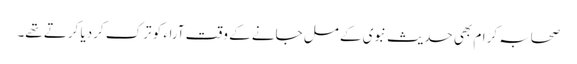
صحابہ کرام بھی حدیث نبوی کے مل جانے کے وقت آراء کو ترک کردیا کرتے تھے۔